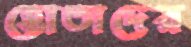
হোতাদের